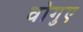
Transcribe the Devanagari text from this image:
वोगुए